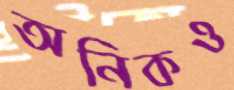
অনিকও